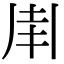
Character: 𠂵